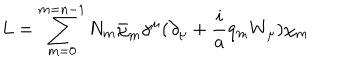
L = \sum _ { m = 0 } ^ { m = n - 1 } N _ { m } \bar { \chi } _ { m } \gamma ^ { \mu } ( \partial _ { \mu } + \frac { i } { a } q _ { m } W _ { \mu } ) \chi _ { m }